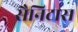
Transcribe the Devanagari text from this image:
सैनिटास